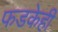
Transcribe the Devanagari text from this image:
फडकेही